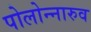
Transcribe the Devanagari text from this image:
पोलोन्नारुव